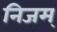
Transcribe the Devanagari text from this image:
निजम्